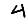
Digit: 4